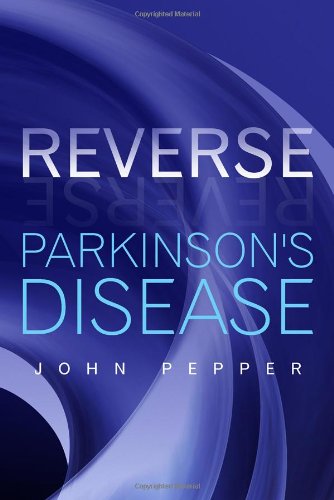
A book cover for Reverse Parkinson's Disease; John Pepper; Health, Fitness & Dieting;